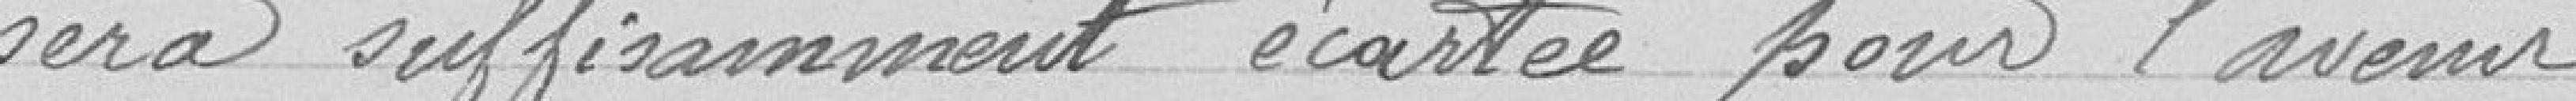
sera suffisamment écartée pour l'avenir.